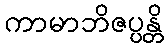
ကာမာဘိဇပ္ပန္တိ